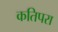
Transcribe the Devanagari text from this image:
कतिपरा